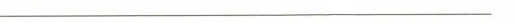
___